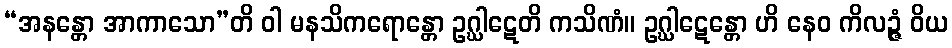
“အနန္တော အာကာသော”တိ ဝါ မနသိကရောန္တော ဥဂ္ဃါဋေတိ ကသိဏံ။ ဥဂ္ဃါဋေန္တော ဟိ နေဝ ကိလဉ္ဇံ ဝိယ